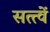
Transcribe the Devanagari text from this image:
सत्त्वें